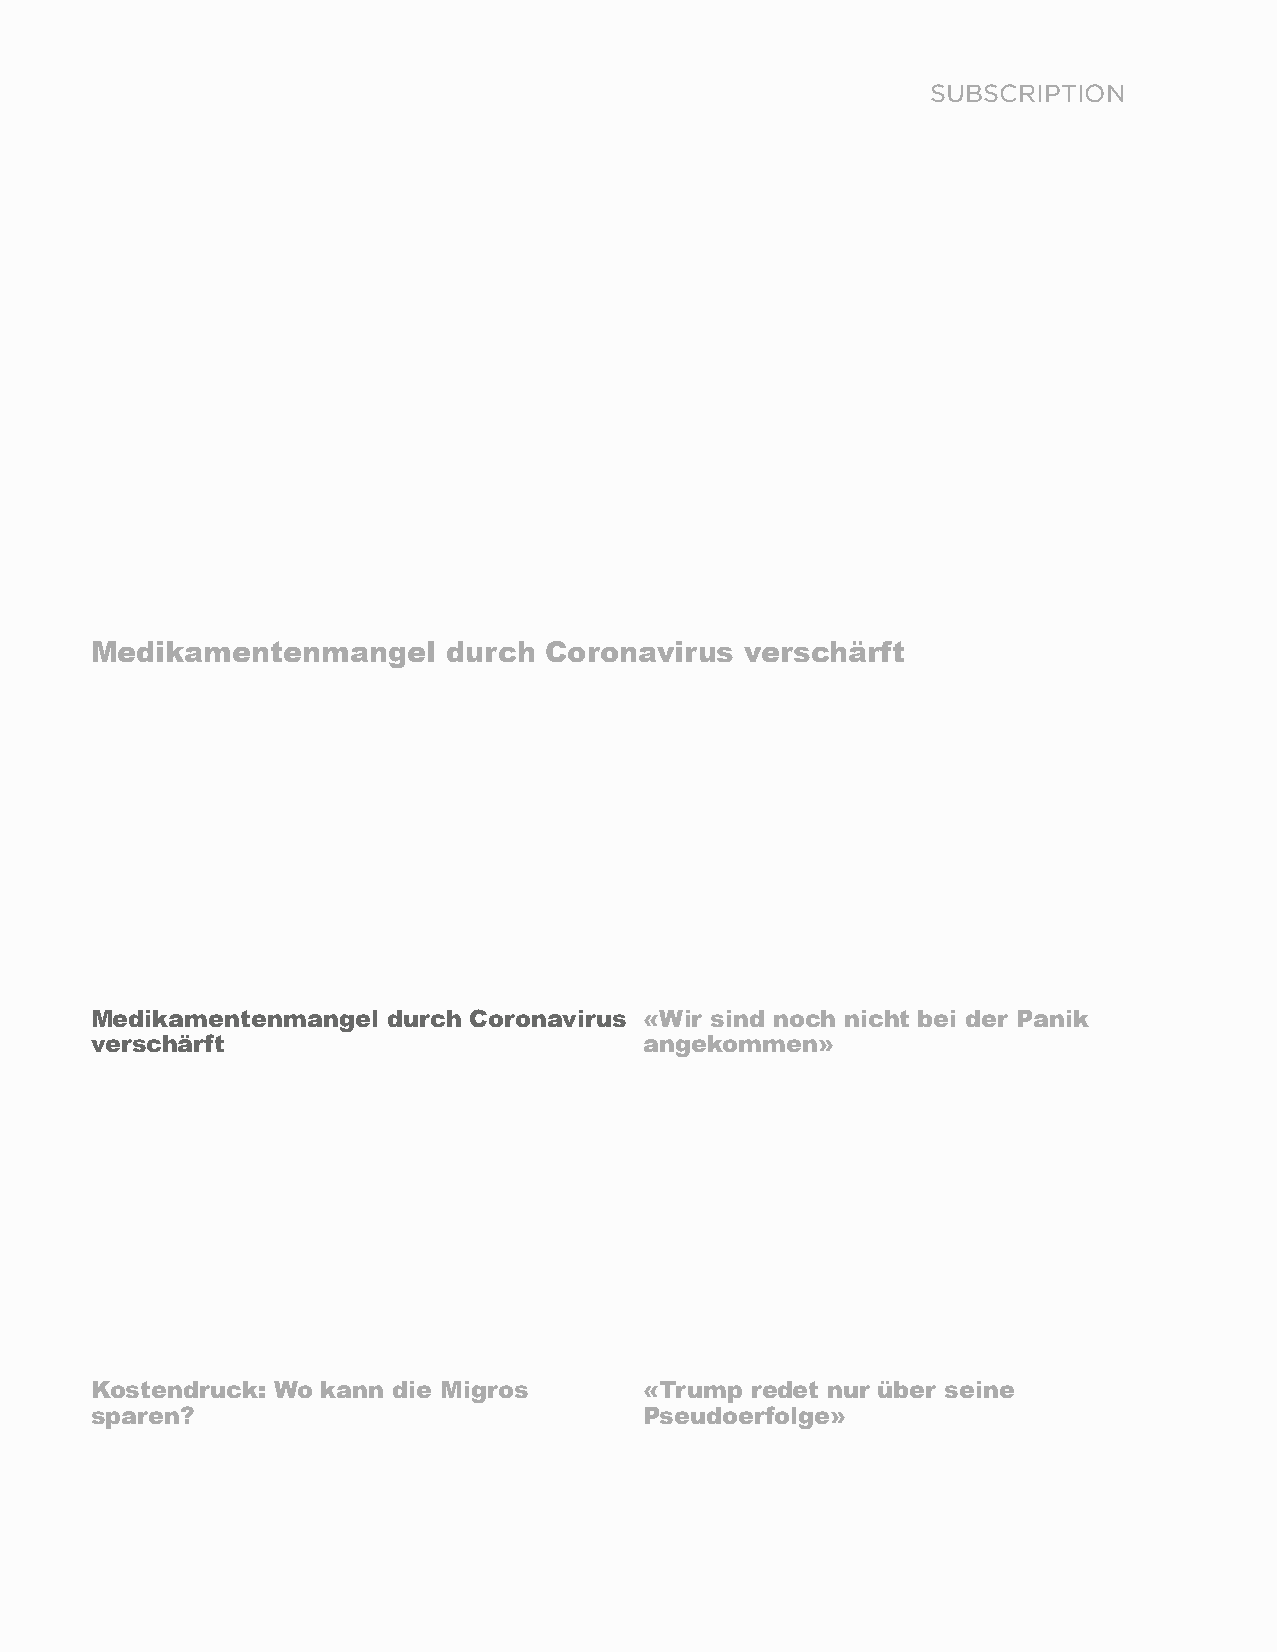
SUBSCRIPTION
 Medikamentenmangel      durch Coronavirus  verschärft
 Medikamentenmangel  durch Coronavirus «Wir sind noch nicht bei der Panik
 verschärft                           angekommen»
 Kostendruck: Wo kann die Migros      «Trump redet nur über seine
 sparen?                              Pseudoerfolge»